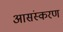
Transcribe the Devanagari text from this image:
आसंस्करण